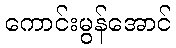
ကောင်းမွန်အောင်